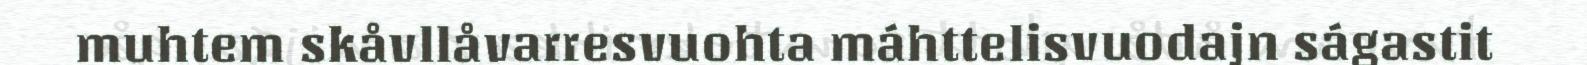
muhtem skåvllåvarresvuohta máhttelisvuodajn ságastit